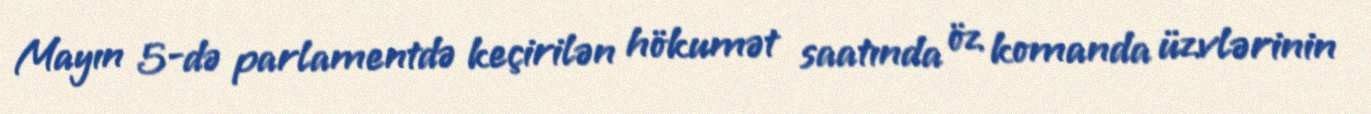
Mayın 5-də parlamentdə keçirilən hökumət saatında öz komanda üzvlərinin